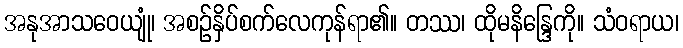
အနုအာသဝေယျုံ၊ အစဉ်နှိပ်စက်လေကုန်ရာ၏။ တဿ၊ ထိုမနိန္ဒြေကို။ သံဝရာယ၊